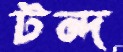
টন্দ